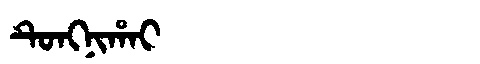
Manchu: ᡨᡠᠩᠨᡳᡥᠠᡳ
Romanization: TUNGNIHAI